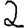
Digit: 2